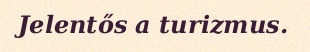
Jelentős a turizmus.